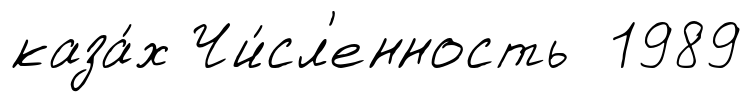
каза́х Чи́сл'енность 1989